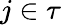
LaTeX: j\in\tau